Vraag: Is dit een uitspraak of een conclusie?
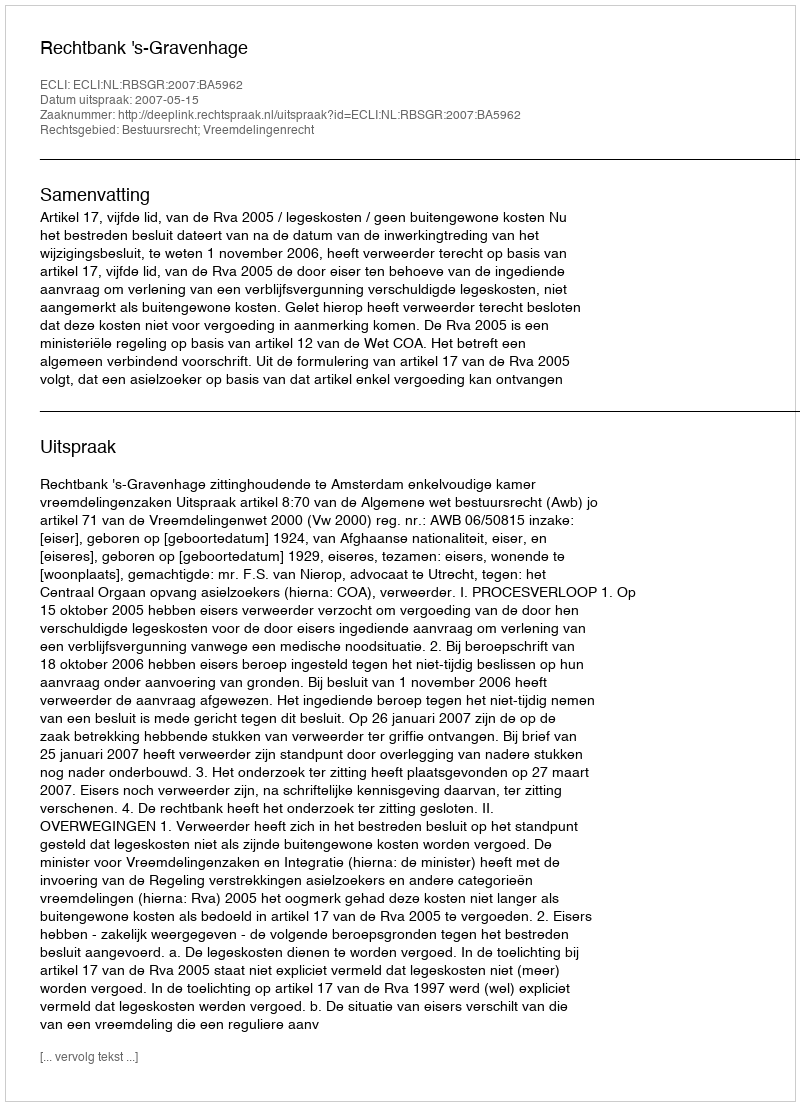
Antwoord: Uitspraak